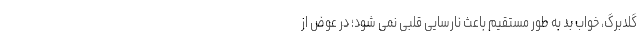
گلدبرگ، خواب بد به طور مستقیم باعث نارسایی قلبی نمی شود؛ در عوض از